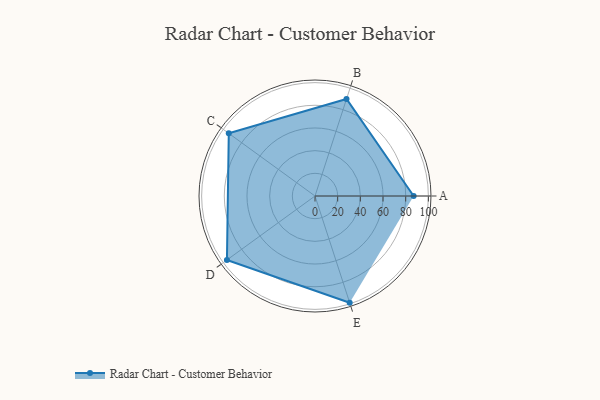
{"axis": {"x": "Skill", "y": "Score"}, "legend": ["Profile"], "data": [{"x": "A", "y": 87.0, "type": "Profile"}, {"x": "B", "y": 90.0, "type": "Profile"}, {"x": "C", "y": 94.0, "type": "Profile"}, {"x": "D", "y": 96.0, "type": "Profile"}, {"x": "E", "y": 99, "type": "Profile"}]}